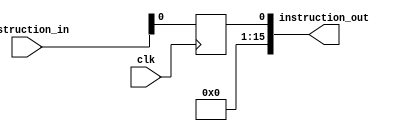
`timescale 1ns / 1ps
//////////////////////////////////////////////////////////////////////////////////
// Company: 
// Engineer: 
// 
// Design Name: 
// Module Name: instruction_register
// Project Name: 
// Target Devices: 
// Tool Versions: 
// Description: 
// 
// Dependencies: 
// 
// Revision:
// Revision 0.01 - File Created
// Additional Comments:
// 
//////////////////////////////////////////////////////////////////////////////////


module instruction_register(
    input clk,
    input [15:0] instruction_in,
    output [15:0] instruction_out
    );
    reg current_instruction;
    always@ (posedge clk) begin
        current_instruction <= instruction_in;
    end
    assign instruction_out = current_instruction;
endmodule